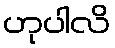
ဟုပါလိ